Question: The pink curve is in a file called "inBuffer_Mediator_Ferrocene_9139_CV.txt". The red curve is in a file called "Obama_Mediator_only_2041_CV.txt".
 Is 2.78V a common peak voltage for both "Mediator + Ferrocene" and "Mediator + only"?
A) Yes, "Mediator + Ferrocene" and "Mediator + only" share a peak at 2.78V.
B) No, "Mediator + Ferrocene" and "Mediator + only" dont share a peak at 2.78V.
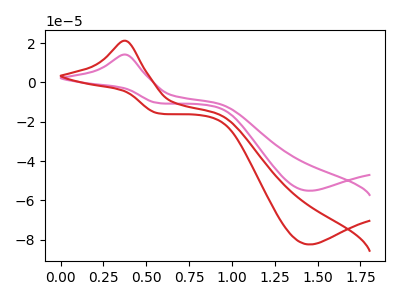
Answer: <think>The pink curve "Mediator + Ferrocene" has an anodic peak at (0.40V, 14.20uA) and a cathodic peak at (1.45V, -55.15uA). The red curve "Mediator + only" has an anodic peak at (0.40V, 21.20uA) and a cathodic peak at (1.45V, -82.50uA).</think>
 <answer>B) No, "Mediator + Ferrocene" and "Mediator + only" dont share a peak at 2.78V.</answer>
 <eval>B</eval>